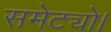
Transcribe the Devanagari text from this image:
समेट्यो।